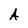
Character: A